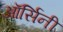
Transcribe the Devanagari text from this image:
ऑर्सिनी